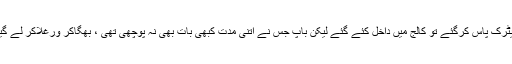
میٹرک پاس کرگئے تو کالج میں داخل کئے گئے لیکن باپ جس نے اتنی مدت کبھی بات بھی نہ پوچھی تھی ، بھگاکر ورغلاکر لے گیا۔